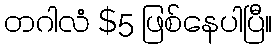
တဂါလံ $5 ဖြစ်နေပါပြီ။